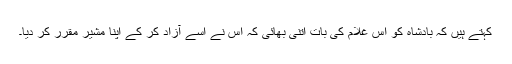
کہتے ہیں کہ بادشاہ کو اس غلام کی بات اتنی بھائی کہ اس نے اسے آزاد کر کے اپنا مشیر مقرر کر دیا۔